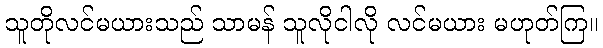
သူတိုလင်မယားသည် သာမန် သူလိုငါလို လင်မယား မဟုတ်ကြ။